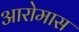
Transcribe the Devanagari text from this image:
आरोमास